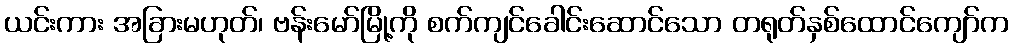
ယင်းကား အခြားမဟုတ်၊ ဗန်းမော်မြို့ကို စက်ကျင်ခေါင်းဆောင်သော တရုတ်နှစ်ထောင်ကျော်က